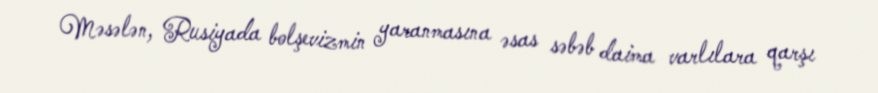
Məsələn, Rusiyada bolşevizmin yaranmasına əsas səbəb daima varlılara qarşı